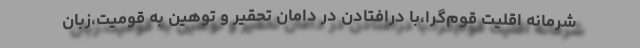
شرمانه اقلیت قوم‌گرا،با درافتادن در دامان تحقیر و توهین به قومیت،زبان